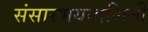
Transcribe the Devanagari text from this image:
संसारभयनाशिनी